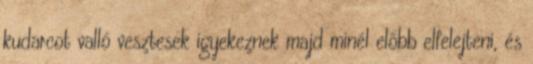
kudarcot valló vesztesek igyekeznek majd minél előbb elfelejteni, és